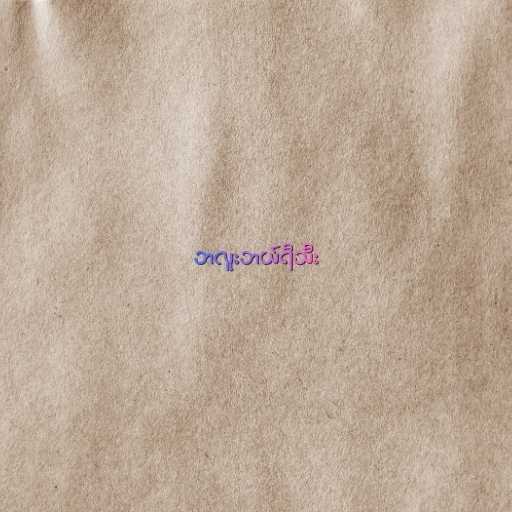
ဘလူးဘယ်ရီသီး